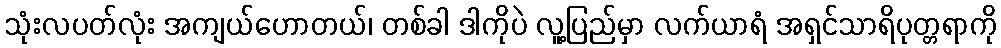
သုံးလပတ်လုံး အကျယ်ဟောတယ်၊ တစ်ခါ ဒါကိုပဲ လူ့ပြည်မှာ လက်ယာရံ အရှင်သာရိပုတ္တရာကို